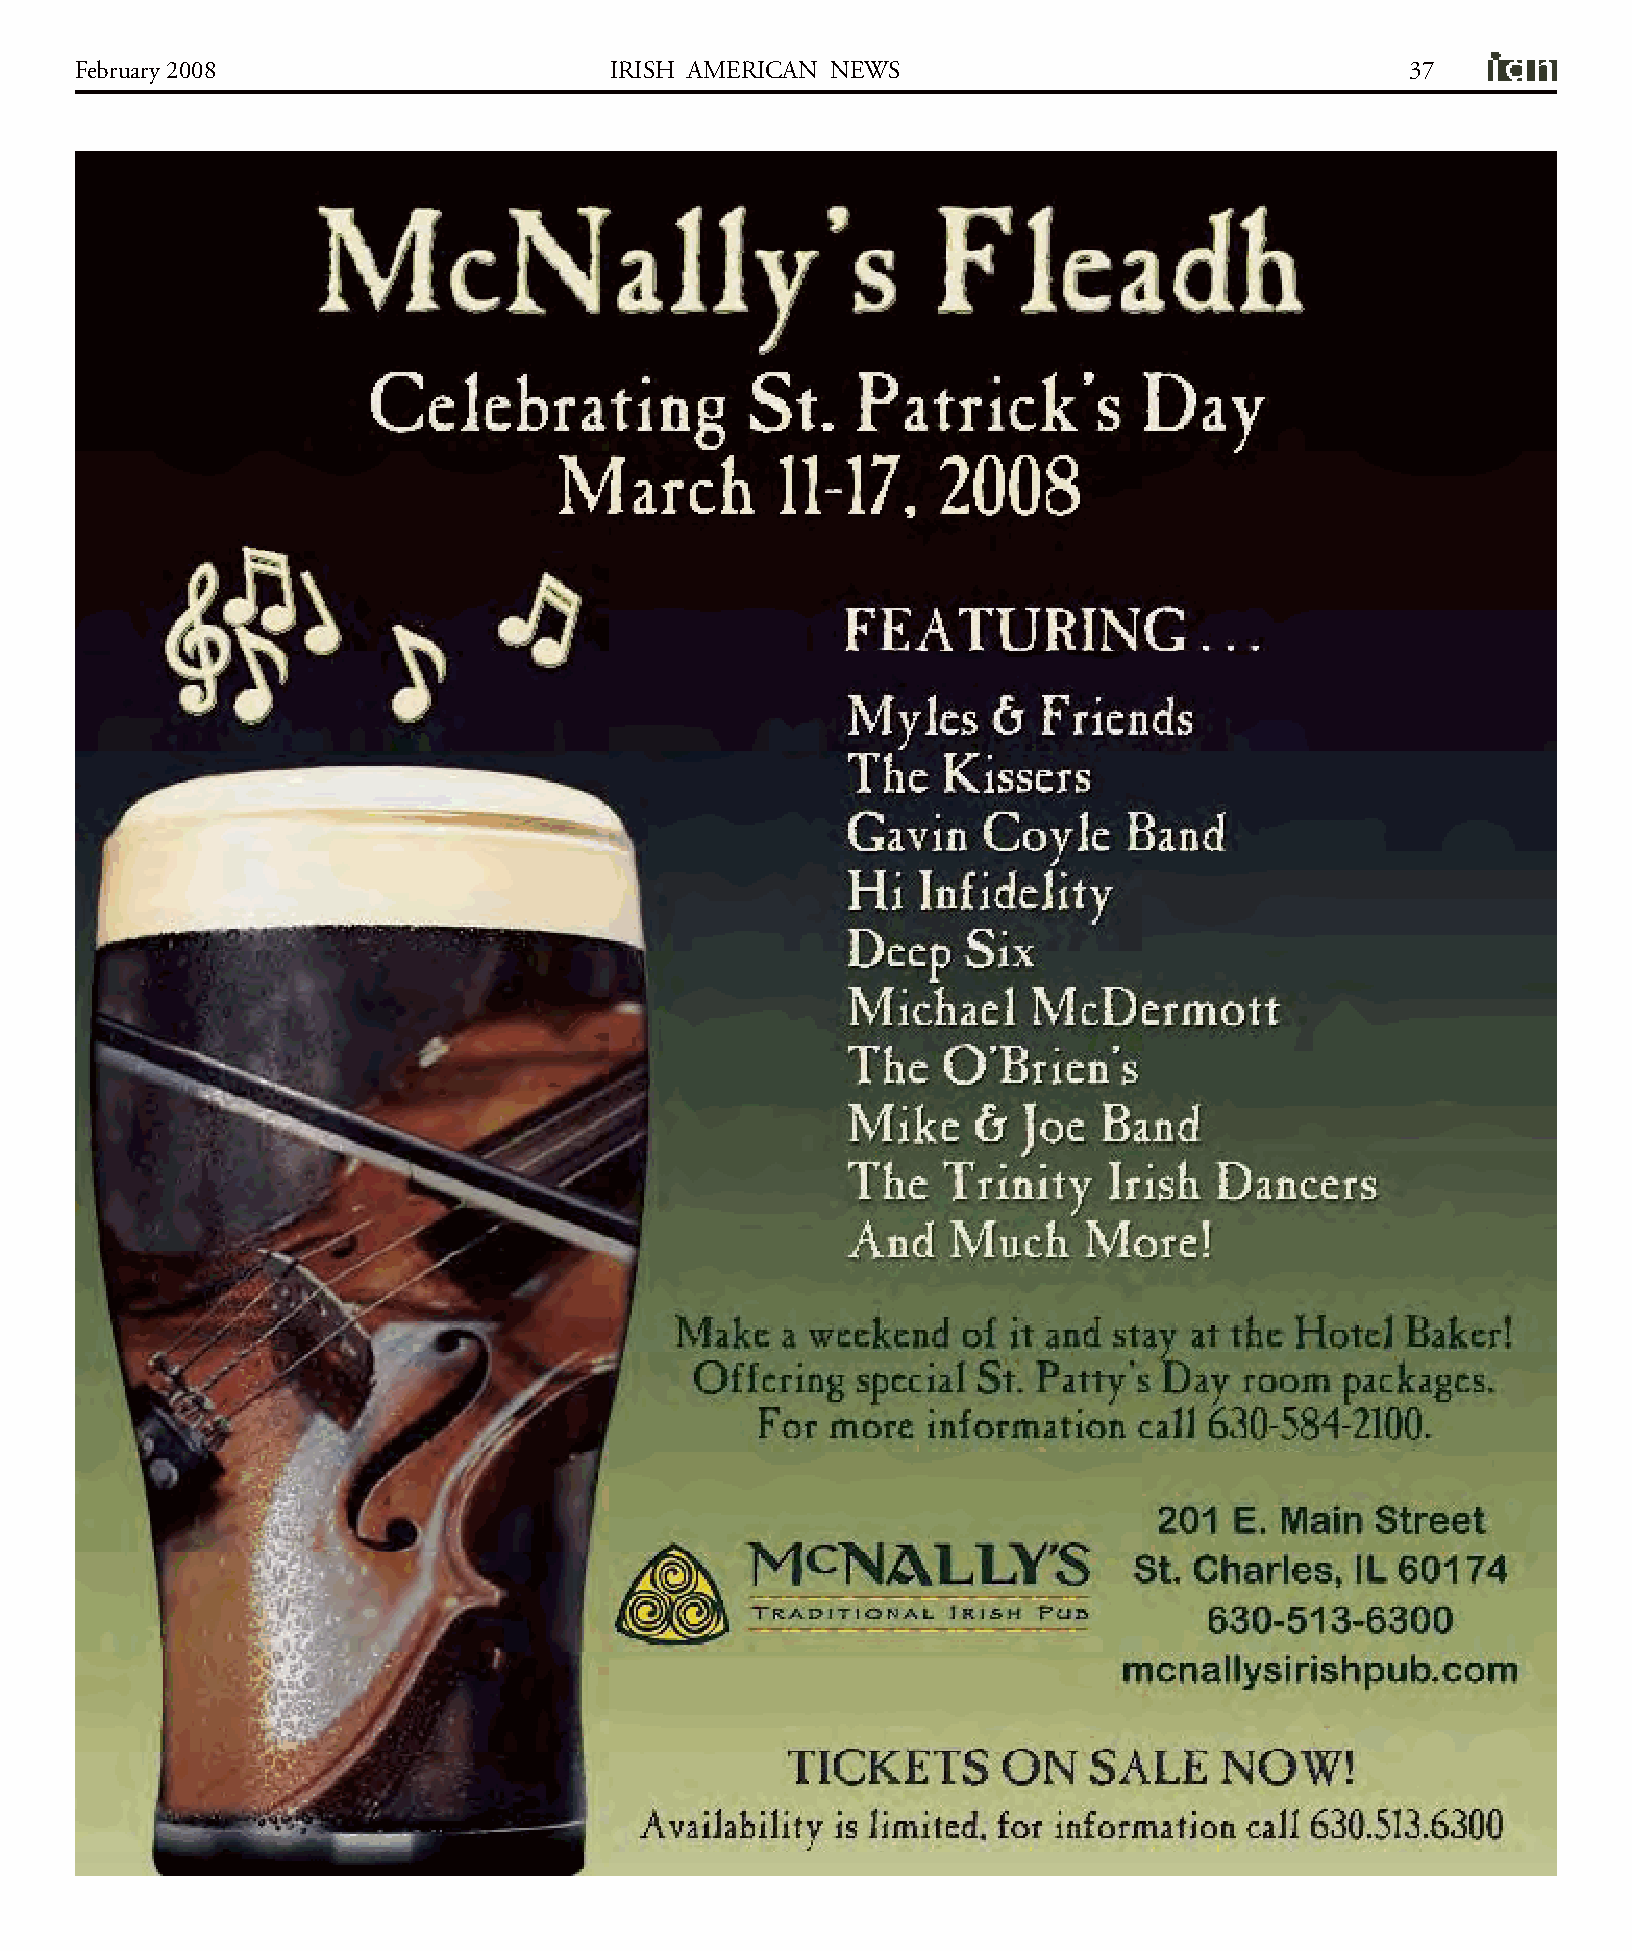
February 2008                      IRISH AMERICAN NEWS                                  37